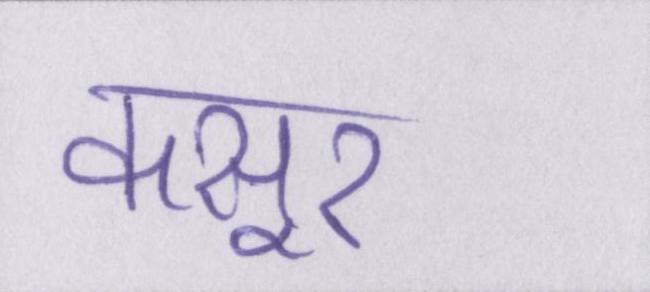
कसूर